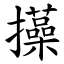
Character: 㩰